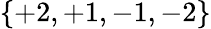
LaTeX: \{ +2,+1,-1,-2\}